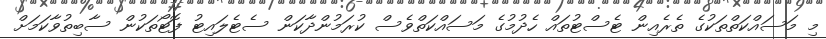
މި މަސައްކަތްތަކުގެ ތެރެއިން ޓެސްޓުތައް ހެދުމުގެ މަސައްކަތްވެސް ކުރަމުންދާކަން ސެޓެލައިޓު ފޮޓޯތަކުން ސާބިތުވާކަމަށް